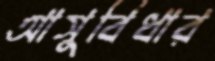
আসুবিধার